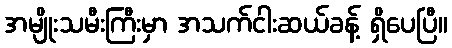
အမျိုးသမီးကြီးမှာ အသက်ငါးဆယ်ခန့် ရှိပေပြီ။